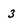
Character: 3